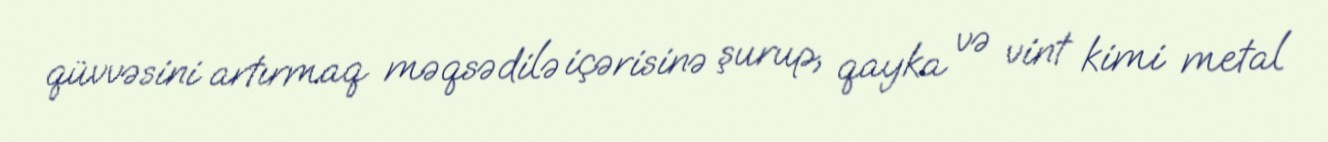
qüvvəsini artırmaq məqsədilə içərisinə şurup, qayka və vint kimi metal